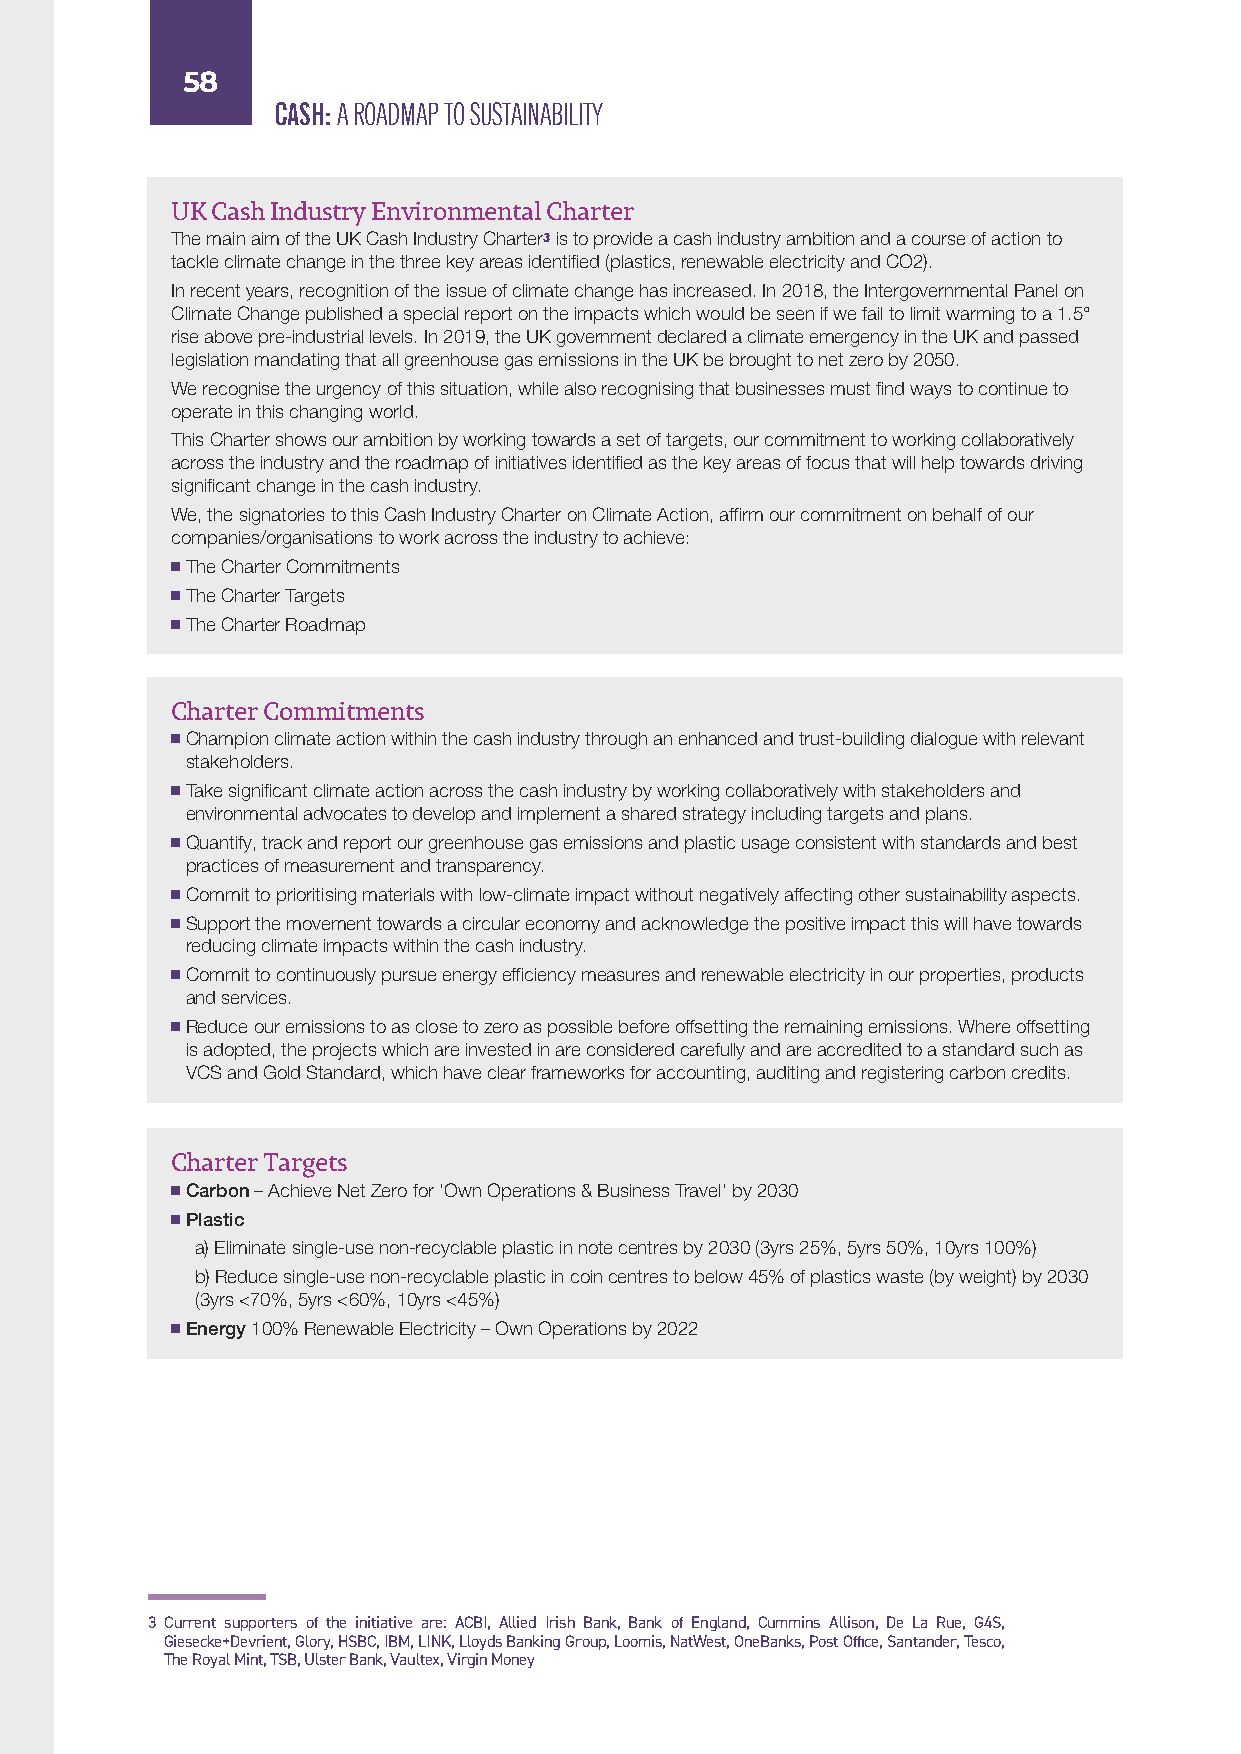
58
 CASH: A ROADMAP TO SUSTAINABILITY
 UK Cash Industry Environmental Charter
 The main aim of the UK Cash Industry Charter3 is to provide a cash industry ambition and a course of action to
 tackle climate change in the three key areas identified (plastics, renewable electricity and CO2).
 In recent years, recognition of the issue of climate change has increased. In 2018, the Intergovernmental Panel on
 Climate Change published a special report on the impacts which would be seen if we fail to limit warming to a 1.5°
 rise above pre-industrial levels. In 2019, the UK government declared a climate emergency in the UK and passed
 legislation mandating that all greenhouse gas emissions in the UK be brought to net zero by 2050.
 We recognise the urgency of this situation, while also recognising that businesses must find ways to continue to
 operate in this changing world.
 This Charter shows our ambition by working towards a set of targets, our commitment to working collaboratively
 across the industry and the roadmap of initiatives identified as the key areas of focus that will help towards driving
 significant change in the cash industry.
 We, the signatories to this Cash Industry Charter on Climate Action, affirm our commitment on behalf of our
 companies/organisations to work across the industry to achieve:
 The Charter Commitments
 The Charter Targets
 The Charter Roadmap
 Charter Commitments
 Champion climate action within the cash industry through an enhanced and trust-building dialogue with relevant
 stakeholders.
 Take significant climate action across the cash industry by working collaboratively with stakeholders and
 environmental advocates to develop and implement a shared strategy including targets and plans.
 Quantify, track and report our greenhouse gas emissions and plastic usage consistent with standards and best
 practices of measurement and transparency.
 Commit to prioritising materials with low-climate impact without negatively affecting other sustainability aspects.
 Support the movement towards a circular economy and acknowledge the positive impact this will have towards
 reducing climate impacts within the cash industry.
 Commit to continuously pursue energy efficiency measures and renewable electricity in our properties, products
 and services.
 Reduce our emissions to as close to zero as possible before offsetting the remaining emissions. Where offsetting
 is adopted, the projects which are invested in are considered carefully and are accredited to a standard such as
 VCS and Gold Standard, which have clear frameworks for accounting, auditing and registering carbon credits.
 Charter Targets
 Carbon – Achieve Net Zero for ‘Own Operations & Business Travel’ by 2030
 Plastic
 a) Eliminate single-use non-recyclable plastic in note centres by 2030 (3yrs 25%, 5yrs 50%, 10yrs 100%)
 b) Reduce single-use non-recyclable plastic in coin centres to below 45% of plastics waste (by weight) by 2030
 (3yrs <70%, 5yrs <60%, 10yrs <45%)
 Energy 100% Renewable Electricity – Own Operations by 2022
 3 Current supporters of the initiative are: ACBI, Allied Irish Bank, Bank of England, Cummins Allison, De La Rue, G4S,
 Giesecke+Devrient, Glory, HSBC, IBM, LINK, Lloyds Banking Group, Loomis, NatWest, OneBanks, Post Office, Santander, Tesco,
 The Royal Mint, TSB, Ulster Bank, Vaultex, Virgin Money